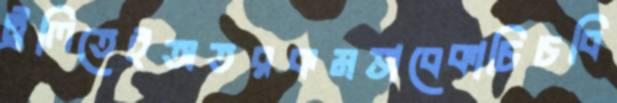
ট্রলিতেইঅতরকমভাবেকাচিচবি